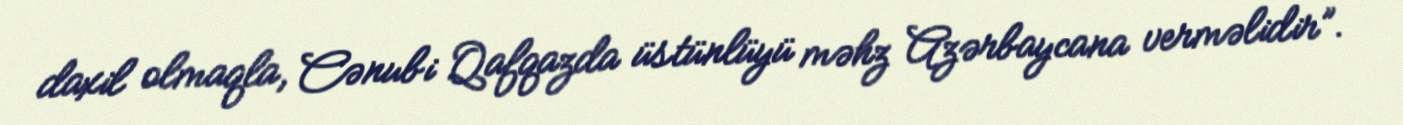
daxil olmaqla, Cənubi Qafqazda üstünlüyü məhz Azərbaycana verməlidir”.